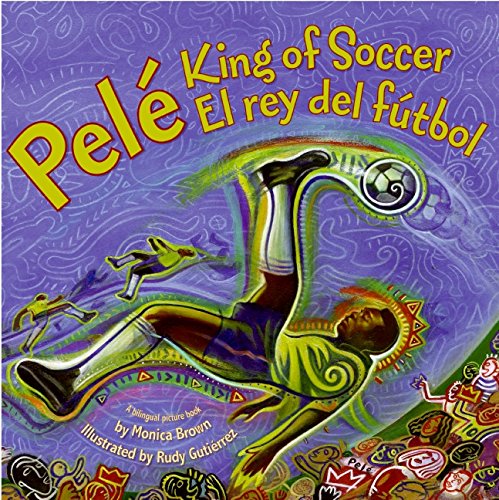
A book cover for Pele, King of Soccer/Pele, El rey del futbol; Monica Brown; Children's Books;